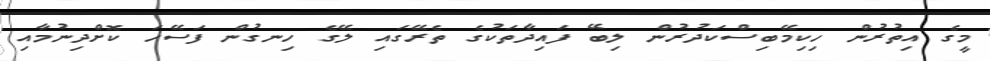
މީގެ އިތުރުން ހިކިމޭބިސްކަދުރުން ލިބޭ ފައިދާތަކުގެ ތެރޭގައި ލޭގެ ހިނގުން ފަސޭހަ ކޮށްދިނުމާއި